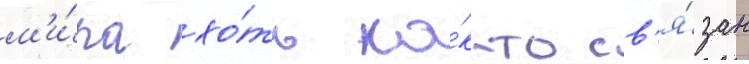
м'и́ра хо́ть ка́к-то св'я́зан